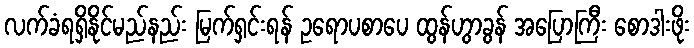
လက်ခံရရှိနိုင်မည်နည်း မြက်ရှင်းရန် ဥရောပစာပေ ထွန်ဟွာခွန် အပြောကြီး စောဒါးဖိုး